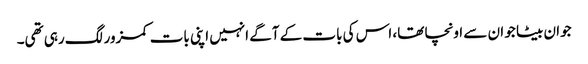
جوان بیٹا جو ان سے اونچا تھا، اس کی بات کے آگے انہیں اپنی بات کمزور لگ رہی تھی۔